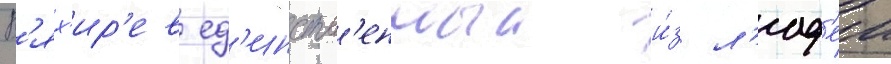
В'ях'ир'ев ед'инств'енныи и́з л'юд'еи